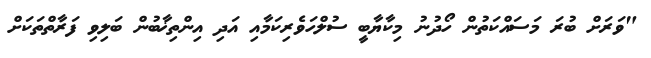
"ވަރަށް ބުރަ މަސައްކަތުން ހޯދުނު މިކާޔާބީ ސުލްހަވެރިކަމާއި އަދި އިންތިޚާބުން ބަލިވި ފަރާތްތަކަށް